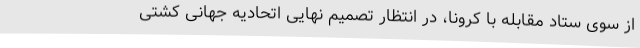
از سوی ستاد مقابله با کرونا، در انتظار تصمیم نهایی اتحادیه جهانی کشتی